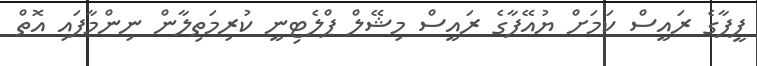
ފީފާގެ ރައީސް ކަމަށް ޔުއޭފާގެ ރައީސް މިޝޭލް ޕްލެޓިނީ ކުރިމަތިލާން ނިންމާފައި އޮތް